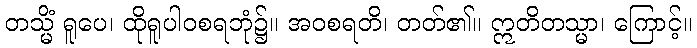
တသ္မိံ ရူပေ၊ ထိုရူပါဝစရဘုံ၌။ အဝစရတိ၊ တတ်၏။ ဣတိတသ္မာ၊ ကြောင့်။